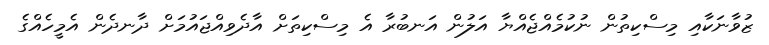
ޒުވާނަކާއި މިސްކިތުން ނުކުމެއްޖެއްޔާ އަލުން އަނބުރާ އެ މިސްކިތަށް އާދެވިއްޖައުމަށް ދާނދެން އެމީހެއްގެ